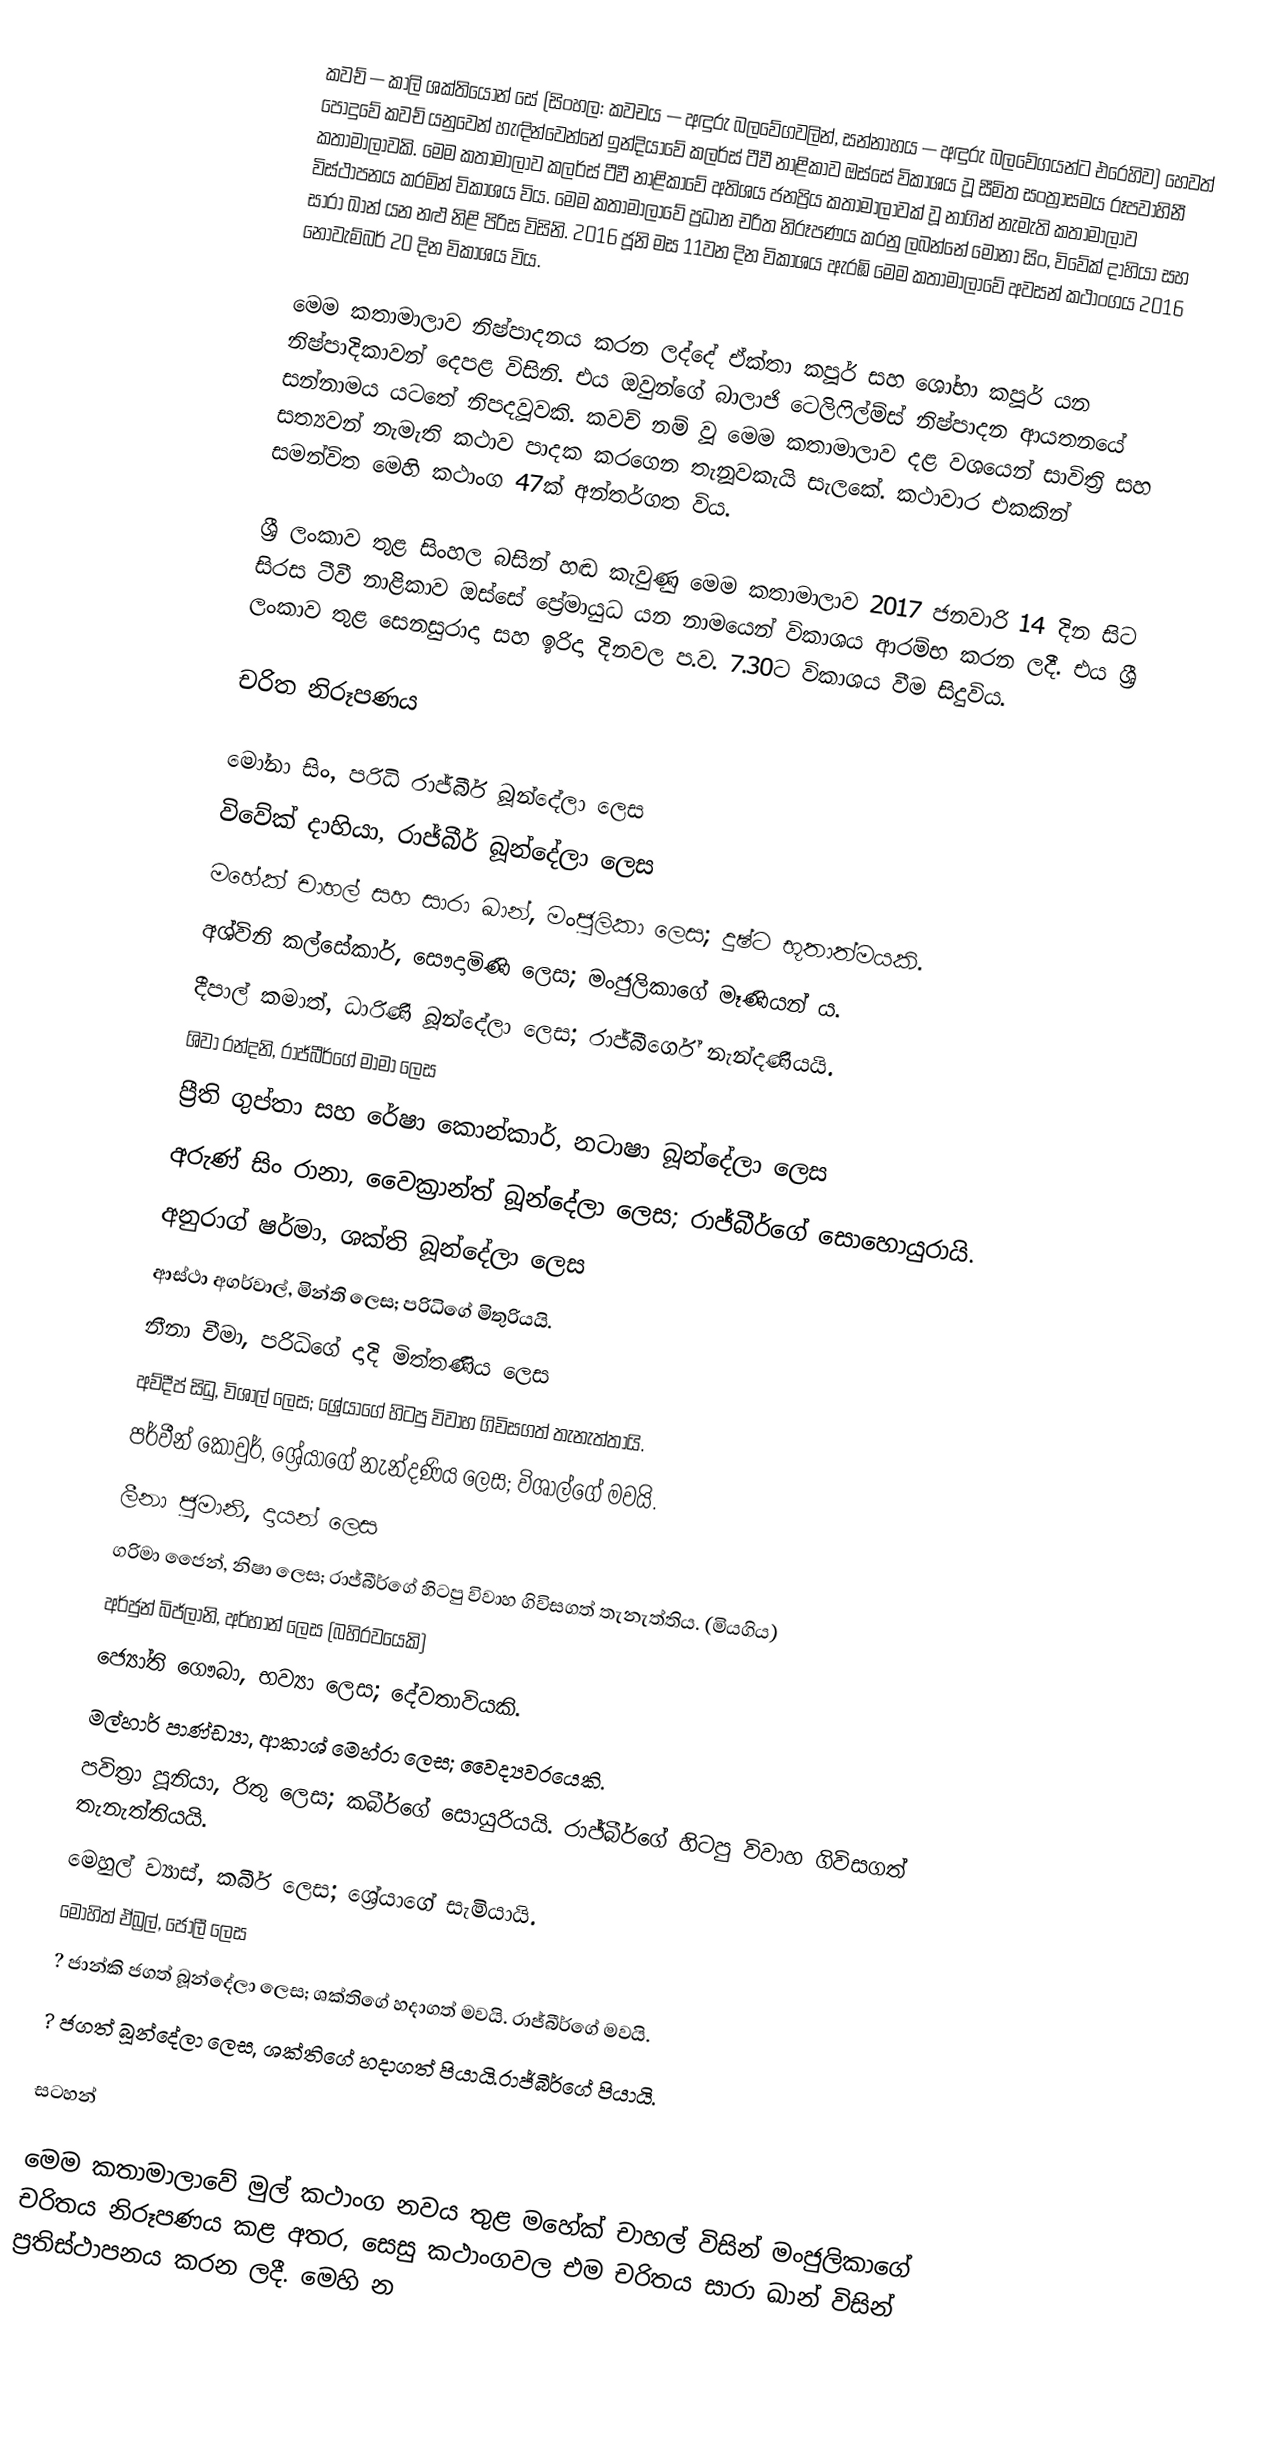
කවච් — කාලි ශක්තියොන් සේ (සිංහල: කවචය — අඳුරු බලවේගවලින්, සන්නාහය — අඳුරු බලවේගයන්ට එරෙහිව) හෙවත් පොදුවේ කවච් යනුවෙන් හැඳින්වෙන්නේ ඉන්දියාවේ කලර්ස් ටීවී නාළිකාව ඔස්සේ විකාශය වූ සීමිත සංත්‍රාසමය රූපවාහිනී කතාමාලාවකි. මෙම කතාමාලාව කලර්ස් ටීවී නාළිකාවේ අතිශය ජනප්‍රිය කතාමාලාවක් වූ නාගින් නැමැති කතාමාලාව විස්ථාපනය කරමින් විකාශය විය. මෙම කතාමාලාවේ ප්‍රධාන චරිත නිරූපණය කරනු ලබන්නේ මෝනා සිං, විවේක් දාහියා සහ සාරා ඛාන් යන නළු නිළි පිරිස විසිනි. 2016 ජූනි මස 11වන දින විකාශය ඇරඹි මෙම කතාමාලාවේ අවසන් කථාංගය 2016 නොවැම්බර් 20 දින විකාශය විය.

මෙම කතාමාලාව නිෂ්පාදනය කරන ලද්දේ ඒක්තා කපූර් සහ ශෝභා කපූර් යන නිෂ්පාදිකාවන් දෙපළ විසිනි. එය ඔවුන්ගේ බාලාජි ටෙලිෆිල්ම්ස් නිෂ්පාදන ආයතනයේ සන්නාමය යටතේ නිපදවූවකි. කවච් නම් වූ මෙම කතාමාලාව දළ වශයෙන් සාවිත්‍රි සහ සත්‍යවන් නැමැති කථාව පාදක කරගෙන තැනූවකැයි සැලකේ. කථාවාර එකකින් සමන්විත මෙහි කථාංග 47ක් අන්තර්ගත විය.

ශ්‍රී ලංකාව තුළ සිංහල බසින් හඬ කැවුණු මෙම කතාමාලාව 2017 ජනවාරි 14 දින සිට සිරස ටීවී නාළිකාව ඔස්සේ ප්‍රේමායුධ යන නාමයෙන් විකාශය ආරම්භ කරන ලදී. එය ශ්‍රී ලංකාව තුළ සෙනසුරාදා සහ ඉරිදා දිනවල ප.ව. 7.30ට විකාශය වීම සිදුවිය.

චරිත නිරූපණය

මෝනා සිං, පරිධි රාජ්බීර් බූන්දේලා ලෙස
විවේක් දාහියා, රාජ්බීර් බූන්දේලා ලෙස
මහේක් චාහල් සහ සාරා ඛාන්, මංජුලිකා ලෙස; දුෂ්ට භූතාත්මයකි.
අශ්විනි කල්සේකාර්, සෞදාමිණි ලෙස; මංජුලිකා‍ගේ මෑණියන් ය.
දීපාල් කමාත්, ධාරිණි බූන්දේලා ලෙස; රාජ්බීර්ගේ නැන්දණියයි.
ශිවා රන්දනි, රාජ්බීර්ගේ මාමා ලෙස
ප්‍රීති ගුප්තා සහ රේෂා කොන්කාර්, නටාෂා බූන්දේලා ලෙස
අරුණ් සිං රානා, වෛක්‍රාන්ත් බූන්දේලා ලෙස; රාජ්බීර්ගේ සොහොයුරායි.
අනුරාග් ෂර්මා, ශක්ති බූන්දේලා ලෙස
ආස්ථා අගර්වාල්, මින්ති ලෙස; පරිධිගේ මිතුරියයි.
නීනා චීමා, පරිධිගේ දාදි මිත්තණිය ලෙස
අව්දීප් සිධු, විශාල් ලෙස; ශ්‍රේයාගේ හිටපු විවාහ ගිවිසගත් තැනැත්තායි.
පර්වීන් කොවුර්, ශ්‍රේයාගේ නැන්දණිය ලෙස; විශාල්ගේ මවයි.
ලීනා ජුමානි, දායන් ලෙස
ගරිමා ජෛන්, නිෂා ලෙස; රාජ්බීර්ගේ හිටපු විවාහ ගිවිසගත් තැනැත්තිය. (මියගිය)
අර්ජුන් බිජ්ලානි, අර්හාන් ලෙස (බහිරවයෙකි)
ජ්‍යෝති ගෞබා, භව්‍යා ලෙස; දේවතාවියකි.
මල්හාර් පාණ්ඩ්‍යා, ආකාශ් මෙහ්රා ලෙස; වෛද්‍යවරයෙකි.
පවිත්‍රා පූනියා, රිතු ලෙස; කබීර්ගේ සොයුරියයි. රාජ්බීර්ගේ හිටපු විවාහ ගිවිසගත් තැනැත්තියයි.
මෙහුල් ව්‍යාස්, කබීර් ලෙස; ශ්‍රේයාගේ සැමියායි.
මෝහිත් ඒබ්‍රල්, ජොලී ලෙස
 ? ජාන්කි ජගත් බූන්දේලා ලෙස; ශක්තිගේ හදාගත් මවයි. රාජ්බීර්ගේ මවයි.
 ? ජගත් බූන්දේලා ලෙස, ශක්තිගේ හදාගත් පියායි.රාජ්බීර්ගේ පියායි.

සටහන්

මෙම කතාමාලාවේ මුල් කථාංග නවය තුළ මහේක් චාහල් විසින් මංජුලිකාගේ චරිතය නිරූපණය කළ අතර, සෙසු කථාංගවල එම චරිතය සාරා ඛාන් විසින් ප්‍රතිස්ථාපනය කරන ලදී. මෙහි න